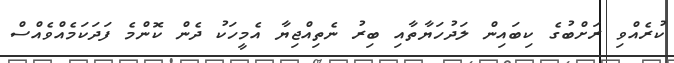
ކުރެއްވި ރަށްބުގެ ކިބައިން ލަދުހަޔާތާއި ބިރު ނެތިއްޖިޔާ އެމީހަކު ދެން ކޮންމެ ފަދަކަމެއްވެއްސް